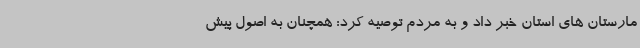
مارستان های استان خبر داد و به مردم توصیه کرد: همچنان به اصول پیش